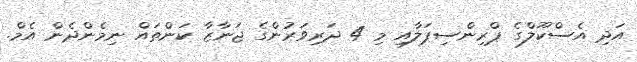
އަދި އެސްކޫލްގެ ޕްރިންސިޕަލާއި މި 4 ދަރިވަރުންގެ ޖަނާޒާ ކަންތައް ނިމެންދެން އެމް.